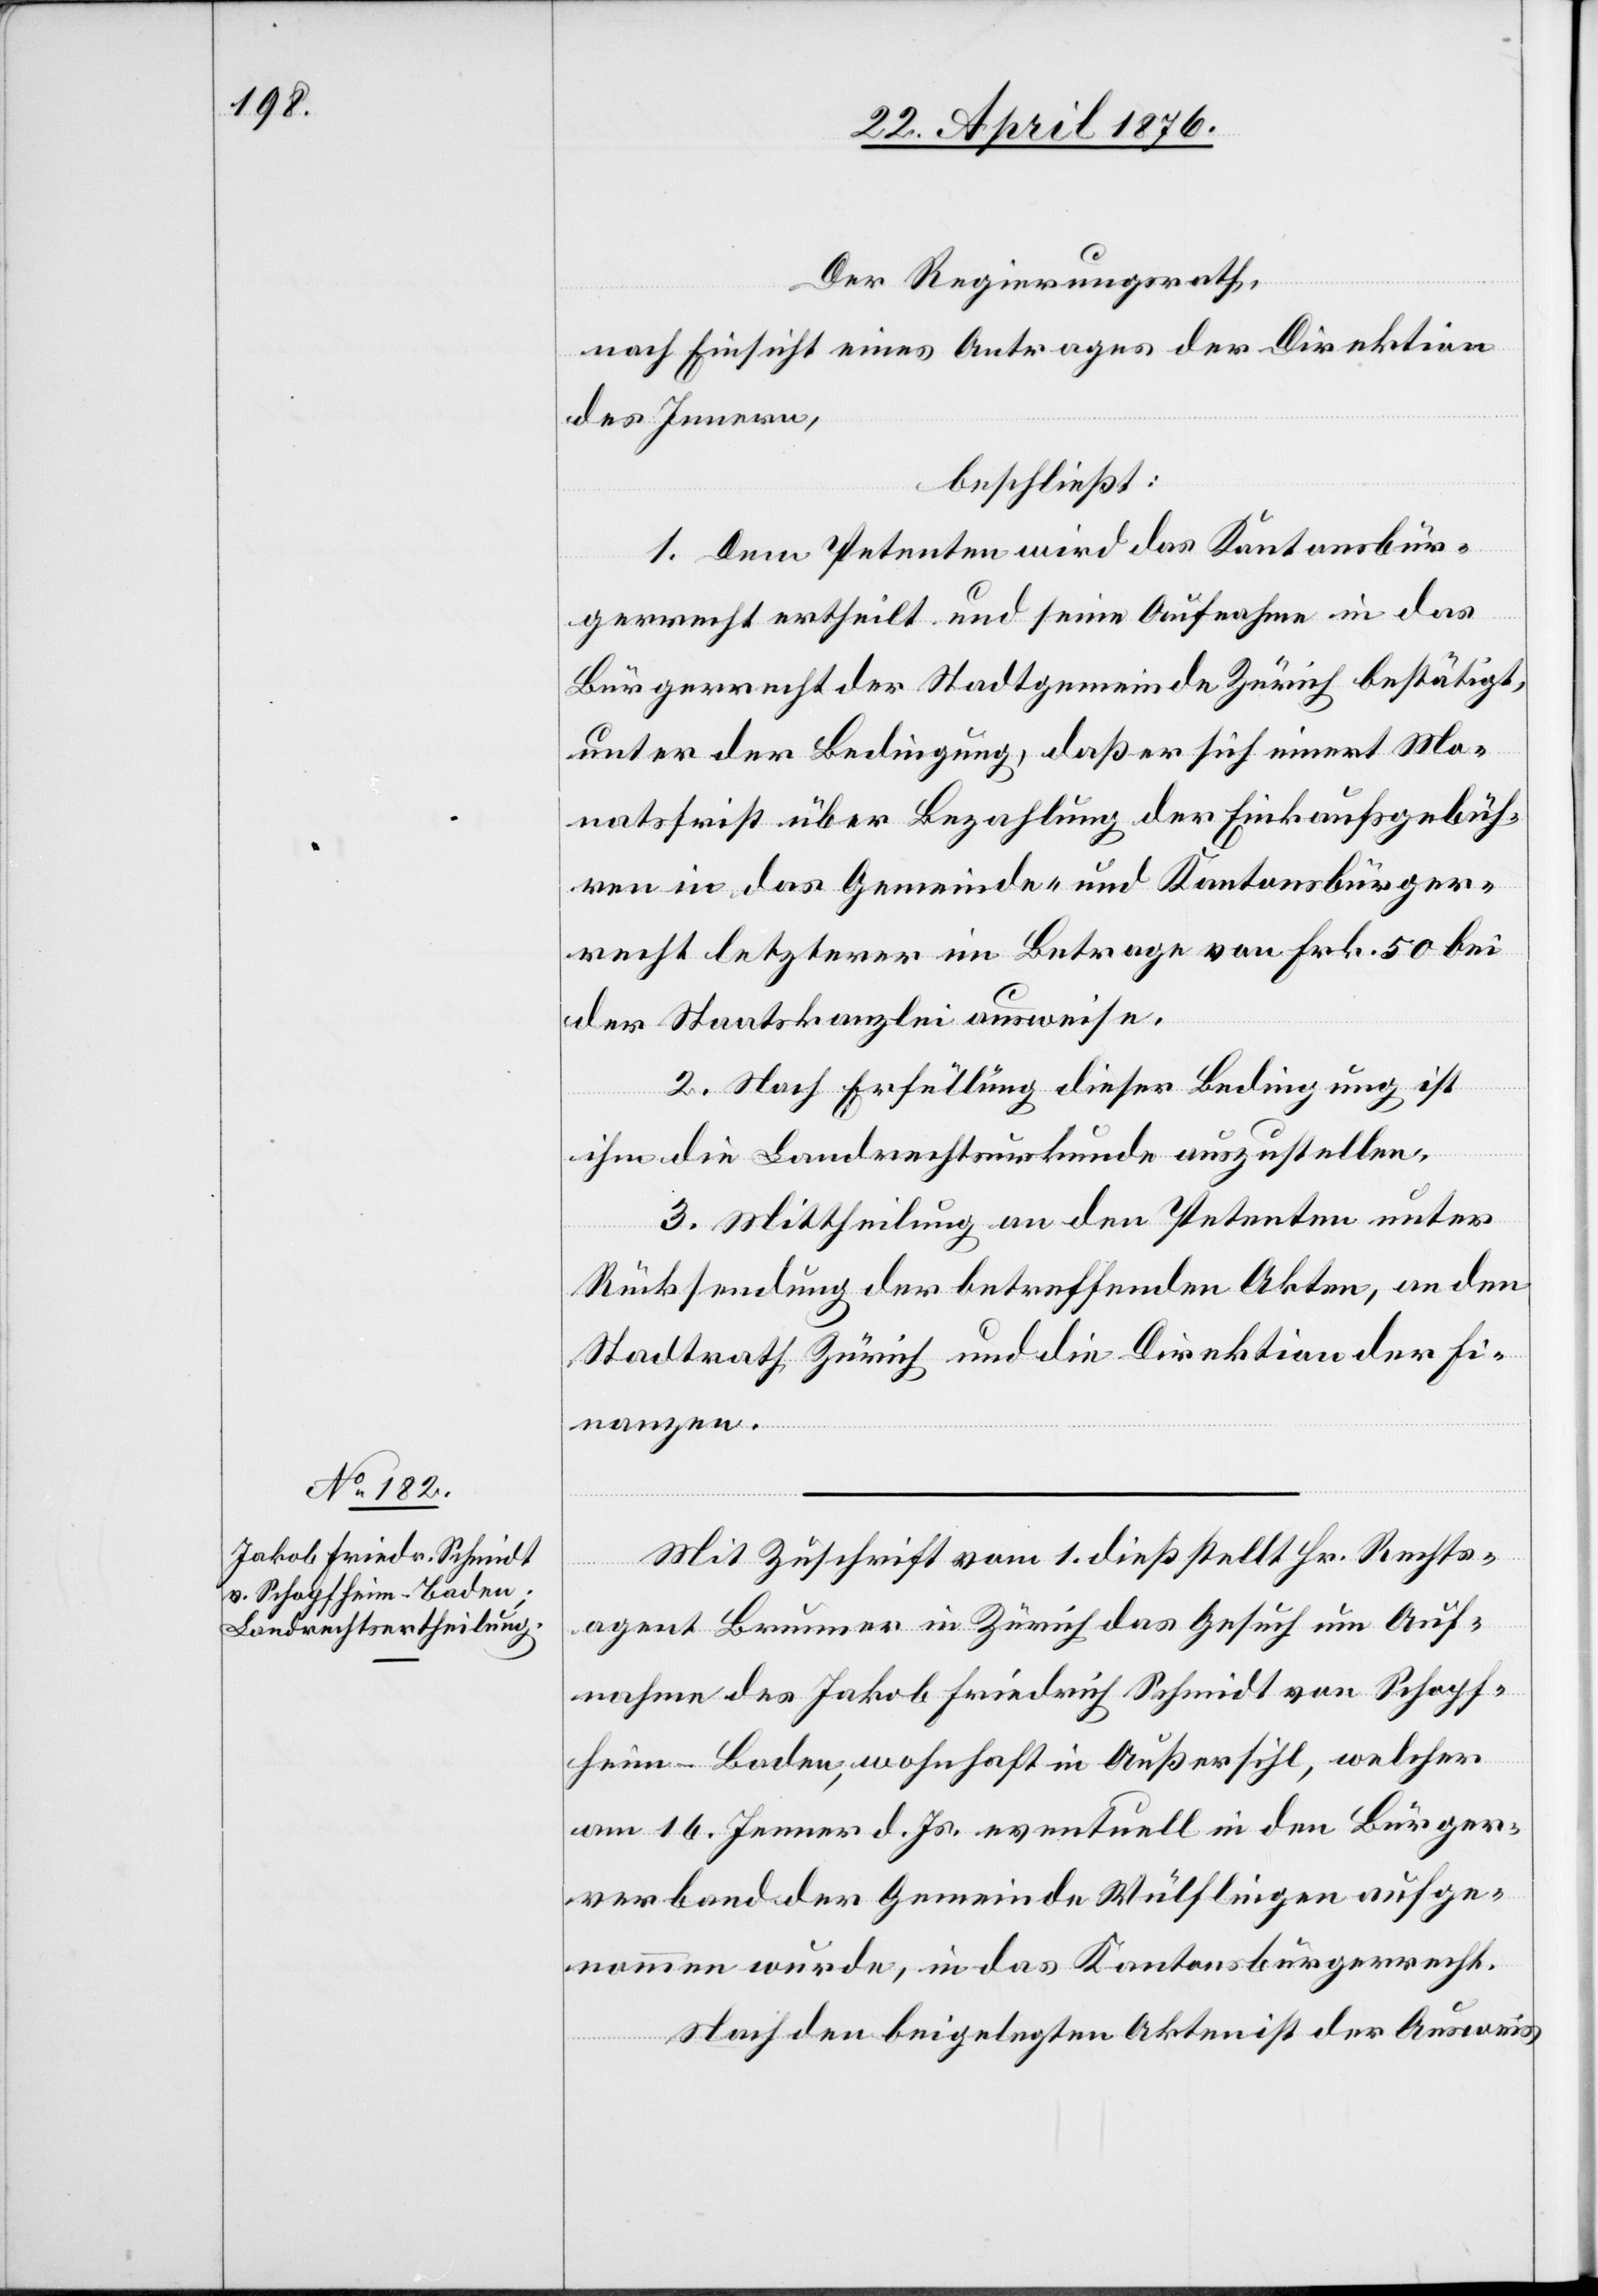
Der Regierungsrath,
nach Einsicht eines Antrages der Direktion
des Innern,
beschließt:
1. Dem Petenten wird das Kantonsbür¬
gerrecht ertheilt und seine Aufnahme in das
Bürgerrecht der Stadtgemeinde Zürich bestätigt,
unter der Bedingung, daß er sich innert Mo¬
natsfrist über Bezahlung der Einkaufsgebüh¬
ren in das Gemeinde- und Kantonsbürger¬
recht letzterer im Betrage von Frk. 50 bei
der Staatskanzlei ausweise.
2. Nach Erfüllung dieser Bedingung ist
ihm die Landrechtsurkunde auszustellen.
3. Mittheilung an den Petenten unter
Rücksendung der betreffenden Akten, an den
Stadtrath Zürich und die Direktion der Fi¬
nanzen.
Mit Zuschrift vom 1. dieß stellt Hr. Rechts¬
agent Brunner in Zürich das Gesuch um Auf¬
nahme des Jakob Friedrich Schmidt von Schopf¬
heim-Baden, wohnhaft in Außersihl, welcher
am 16. Jenner d. Js. eventuell in den Bürger¬
verband der Gemeinde Wülflingen aufge¬
nommen wurde, in das Kantonsbürgerrecht.
Nach den beigelegten Akten ist der Ausweis